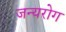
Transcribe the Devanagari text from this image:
जन्‍यरोग